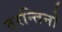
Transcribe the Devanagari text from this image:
तरन्तिनो